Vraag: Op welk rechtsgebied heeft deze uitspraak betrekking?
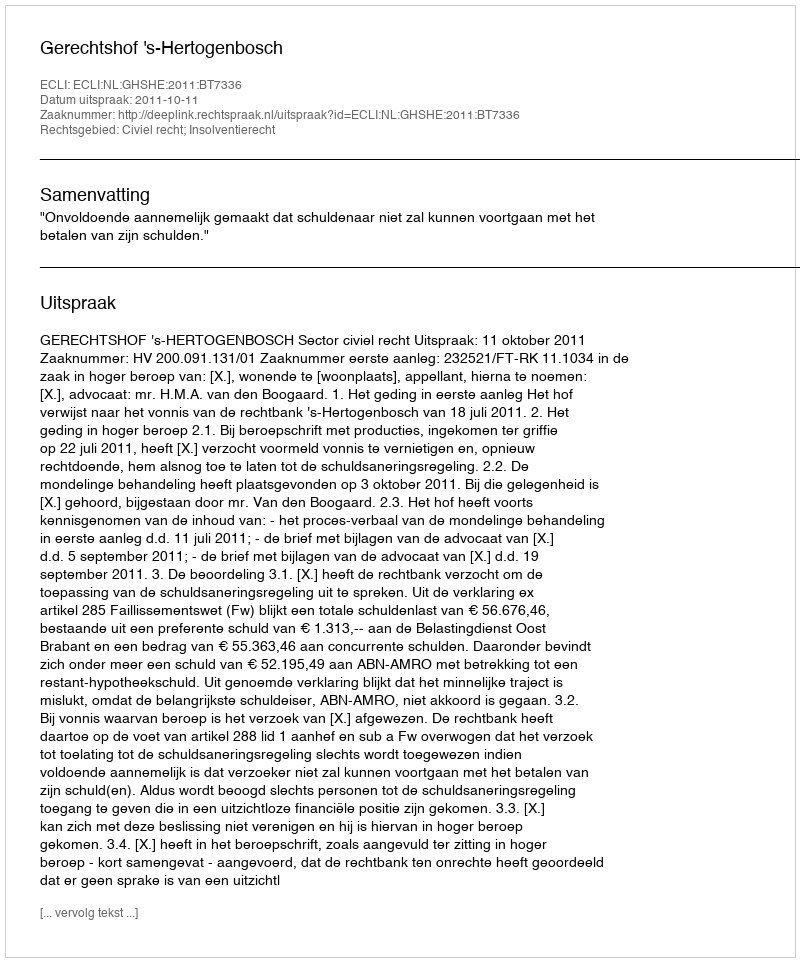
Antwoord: Civiel recht; Insolventierecht